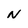
Character: N